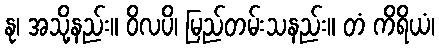
နု၊ အသို့နည်း။ ဝိလပိ၊ မြည်တမ်းသနည်း။ တံ ကိရိယံ၊